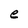
Character: e